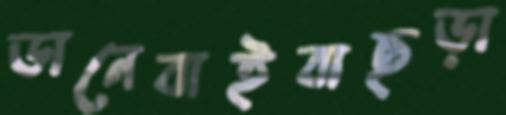
ডানেবাইবাছড়া